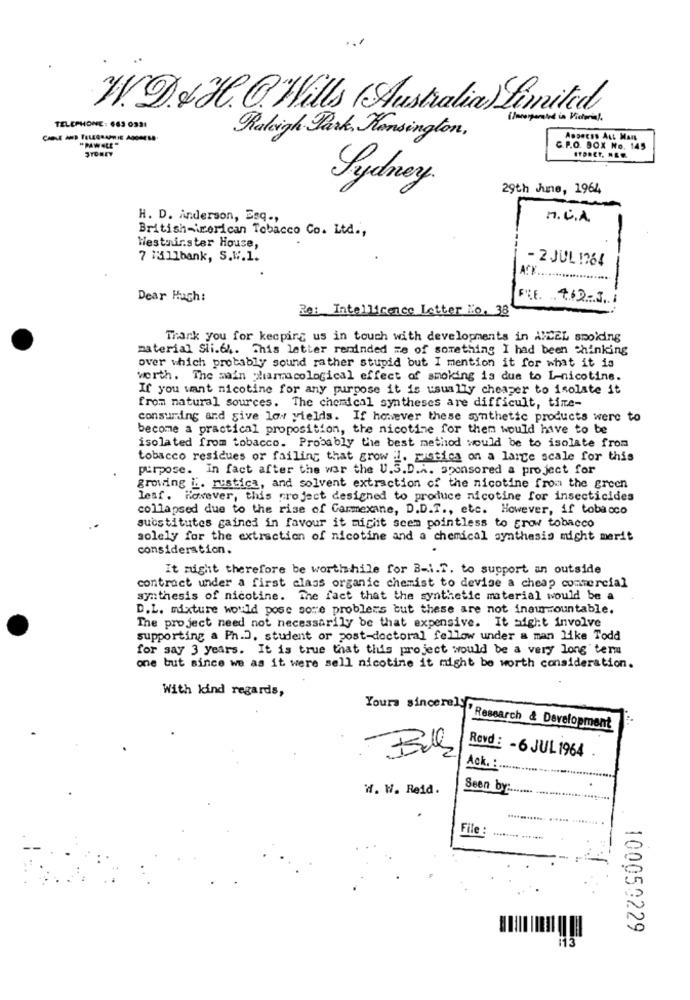
W.9 & H.C."Wills (Australia) Limited
( Incorporated in Victorial .
TELEPHONE: 663 0331
CABLE AND TELEGRAPHIE AGOREAD.
Raleigh Park, Hansington,
Aopecss Ast Man
STONEY
C.P.O. BOX No. 145
Sydney
29th June, 1964
H. D. Anderson, Esq .,
n. C.A.
British-irerican Tobacco Co. Ltd .,
Westminster House,
7 1511bank, S.W.1.
- 2 JUL 1764
.....
Dear Hugh:
FRE 462-31
Re: Intellicence Letter No. 38
Thank you for keeping us in touch with developments in ANCEL smoiding
material Sli.64. This letter reminded me of something I had been thinking
over which probably sound rather stupid but I mention it for what it is
worth. The main pharmacological effect of smoking is due to L-nicotine.
If you want nicotine for any purpose it is usually cheaper to isolate it
from natural sources. The chemical syntheses are difficult, tine-
consuming and give low yields. If however these synthetic products were to
become a practical proposition, the nicotine for them would have to be
isolated from tobacco. Probably the best method would be to isolate from
tobacco residues or failing that grow i. protics on a large scale for this
purpose. In fact after the war the U.S.D.A. sponsored a project for
growing i :. rustica, and solvent extraction of the nicotine from the green
lesf. However, this project designed to produce nicotine for insecticides
collapsed due to the rise of Carmexane, D.D.T ., etc. However, if tobacco
substitutes gained in favour it might seem pointless to grow tobacco
solely for the extraction of nicotine and a chemical synthesis might merit
consideration.
It might therefore be worthwhile for B-i.T. to support an outside
contract under a first class organic chemist to devise a cheap commercial
synthesis of nicotine. The fact that the synthetic material would be a
D.L. mixture would pose sore problems but these are not insurmountable.
The project need not necessarily be that expensive. It might involve
supporting a Ph.D. student or post-doctoral fellow under a man like Todd
for say 3 years. It is true that this project would be a very long term
one but since we as it were sell nicotine it might be worth consideration.
With kind regards,
Yours sincer. " Research & Development
Bull
Revd : - 6 JUL 1964
Ack. : .............
W. W. Reid.
Seen by ........ ......
File :
100050229
113